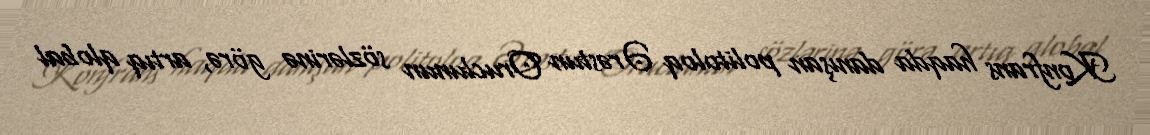
Konfrans haqda danışan politoloq Ərəstun Oruclunun sözlərinə görə, artıq qlobal